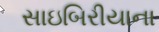
સાઇબિરીયાના